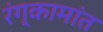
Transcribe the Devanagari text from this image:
रंग्कामांत